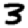
Digit: 3